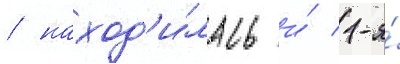
/ наход'и́лась и́ 1-я́